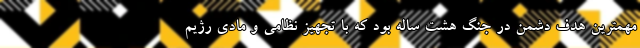
مهمترین هدف دشمن در جنگ هشت ساله بود که با تجهیز نظامی و مادی رژیم